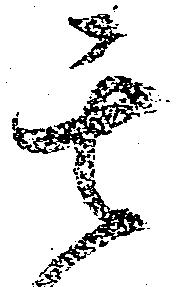
其